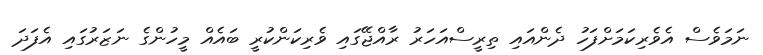
ނަމަވެސް އެވެރިކަމަށްފަހު ދެންއައި ތިރީސްއަހަރު ރާއްޖޭގައި ވެރިކަންކުރީ ބައެއް މީހުންގެ ނަޒަރުގައި އެފަދަ